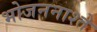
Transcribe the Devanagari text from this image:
भोजननाश्ते